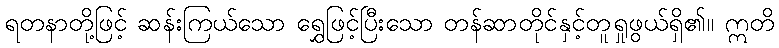
ရတနာတို့ဖြင့် ဆန်းကြယ်သော ရွှေဖြင့်ပြီးသော တန်ဆာတိုင်နှင့်တူရှုဖွယ်ရှိ၏။ ဣတိ